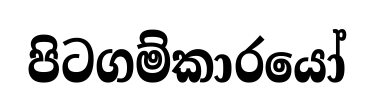
පිටගම්කාරයෝ